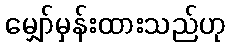
မျှော်မှန်းထားသည်ဟု